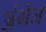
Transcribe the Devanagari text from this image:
अंगेज